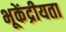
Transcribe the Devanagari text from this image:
भूकेंद्रीयता